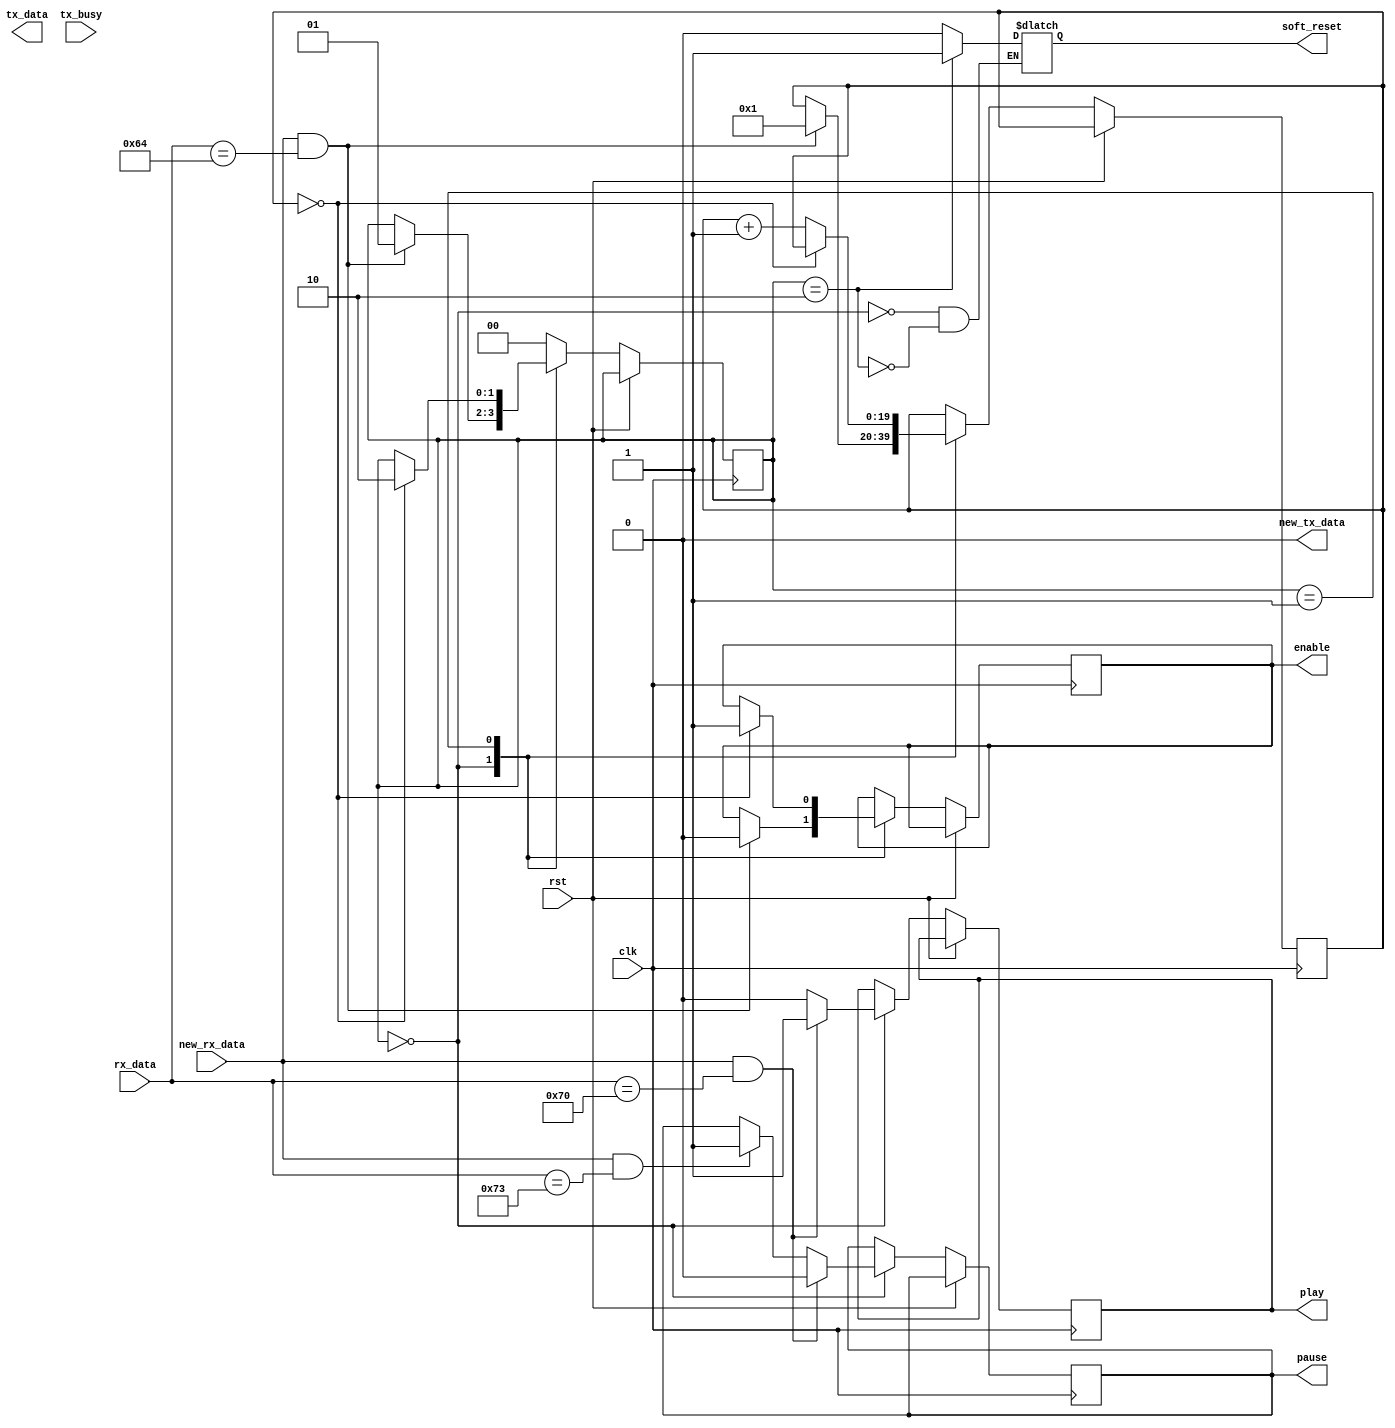
module main_control_3 (
    input clk,
    input rst,
    output [7:0] tx_data,
    output reg new_tx_data,
    input tx_busy,
    input [7:0] rx_data,
    input new_rx_data,
    output enable,
    output soft_reset,
    output play,
    output pause
  );


  localparam STATE_SIZE = 2;
  reg [STATE_SIZE-1:0] state_d, state_q;

  localparam IDLE = 2'd0,
    ENABLE_HIGH = 2'd1,
    SOFT_RESET = 2'd2;


  // reg enable;
  reg play_d, play_q;
  reg pause_d, pause_q;

  reg soft_reset;
  reg enable_d, enable_q;
  reg [19:0] countr_d, countr_q; // to count ud to 2ms approx, 1.7ms is needed for booting TDC

  assign enable = enable_q;
  assign pause = pause_q;
  assign play = play_q;
  // assign wsoft_reset = soft_reset;
  /* Combinational Logic */
  always @* begin
  play_d = play_q;    
  pause_d = pause_q;  
  enable_d = enable_q;
  countr_d = countr_q;
  state_d = state_q;
  new_tx_data = 1'b0;




    case (state_q)
      IDLE: begin
        play_d = 1'b0;
        soft_reset=1'b0;
        if (new_rx_data && rx_data == "d") begin
            enable_d=1'b0;
            state_d = ENABLE_HIGH;
            countr_d = 20'd1;
        end 

        if (new_rx_data && rx_data == "s") begin
          pause_d=1'b1;
          play_d=1'b0;
        end //else begin
          // pause_d=1'b1;
        // end

        if (new_rx_data && rx_data == "p") begin
          play_d=1'b1;
          pause_d=1'b0;
        // end else begin
          // play=1'b0;
        end
      end // IDLE


      ENABLE_HIGH: begin
        // if (new_rx_data && rx_data == "d") begin
        // end 

        if (countr_q==20'd0) begin
            enable_d = 1'b1;

            state_d = SOFT_RESET;

        end else begin
            countr_d = countr_q + 1'b1;
        end

      end // ENABLE_HIGH


      SOFT_RESET: begin
            soft_reset=1'b1;
            state_d = IDLE;
      end // SOFT_RESET

      default: state_d = IDLE;
    endcase
    // if (new_rx_data && rx_data == "u") begin
    //     enable_d=1'b1;
    // end         
  

    // if (new_rx_data && rx_data == "r") begin
    //   soft_reset=1'b1;
    // end else begin
    //   soft_reset=1'b0;
    // end

  end // always
  
  /* Sequential Logic */
  always @(posedge clk) begin
    if (rst) begin
      // Add flip-flop reset values here
    end else begin
      // Add flip-flop q <= d statements here
      enable_q <= enable_d;
      countr_q <= countr_d;
      state_q <= state_d;
      pause_q <= pause_d;
      play_q <= play_d;

    end
  end
  
endmodule